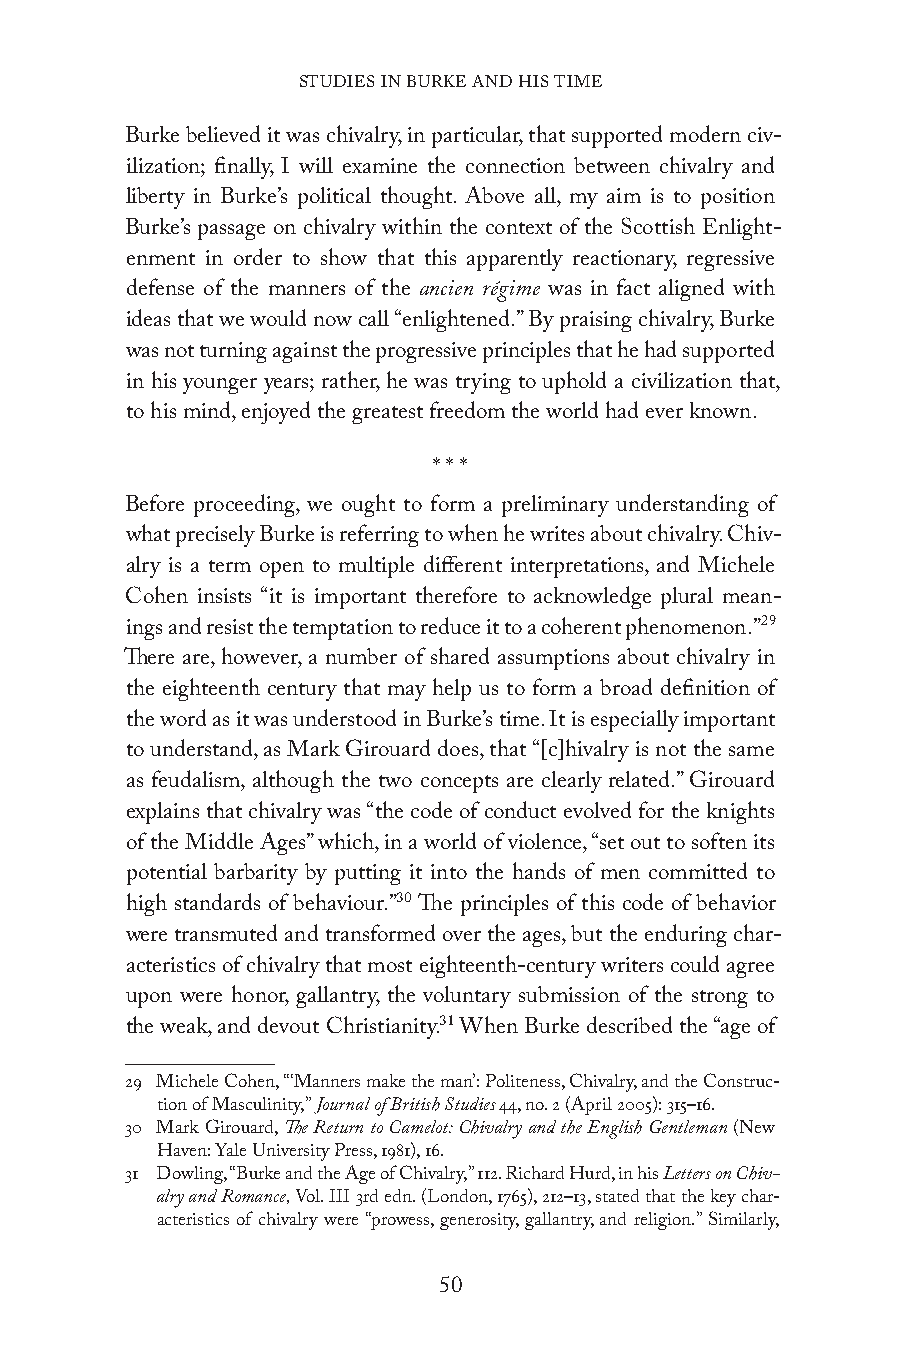
STUDIES IN BURKE AND HIS TIME
 Burke believed it was chivalry, in particular, that supported modern civ-
 ilization; finally, I will examine the connection between chivalry and
 liberty in Burke’s political thought. Above all, my aim is to position
 Burke’s passage on chivalry within the context of the Scottish Enlight-
 enment in order to show that this apparently reactionary, regressive
 defense of the manners of the ancien régime was in fact aligned with
 ideas that we would now call “enlightened.” By praising chivalry, Burke
 was not turning against the progressive principles that he had supported
 in his younger years; rather, he was trying to uphold a civilization that,
 to his mind, enjoyed the greatest freedom the world had ever known.
 * * *
 Before proceeding, we ought to form a preliminary understanding of
 what precisely Burke is referring to when he writes about chivalry. Chiv-
 alry is a term open to multiple different interpretations, and Michele
 Cohen insists “it is important therefore to acknowledge plural mean-
 ings and resist the temptation to reduce it to a coherent phenomenon.”29
 There are, however, a number of shared assumptions about chivalry in
 the eighteenth century that may help us to form a broad definition of
 the word as it was understood in Burke’s time. It is especially important
 to understand, as Mark Girouard does, that “[c]hivalry is not the same
 as feudalism, although the two concepts are clearly related.” Girouard
 explains that chivalry was “the code of conduct evolved for the knights
 of the Middle Ages” which, in a world of violence, “set out to soften its
 potential barbarity by putting it into the hands of men committed to
 high standards of behaviour.”30 The principles of this code of behavior
 were transmuted and transformed over the ages, but the enduring char-
 acteristics of chivalry that most eighteenth-century writers could agree
 upon were honor, gallantry, the voluntary submission of the strong to
 the weak, and devout Christianity.31 When Burke described the “age of
 29 Michele Cohen, “ ‘Manners make the man’: Politeness, Chivalry, and the Construc-
 tion of Masculinity,” Journal of British Studies 44, no. 2 (April 2005): 315–16.
 30 Mark Girouard, The Return to Camelot: Chivalry and the English Gentleman (New
 Haven: Yale University Press, 1981), 16.
 31 Dowling, “Burke and the Age of Chivalry,” 112. Richard Hurd, in his Letters on Chiv-
 alry and Romance, Vol. III 3rd edn. (London, 1765), 212–13, stated that the key char-
 acteristics of chivalry were “prowess, generosity, gallantry, and religion.” Similarly,
 50